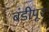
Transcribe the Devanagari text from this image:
बंडीपूर